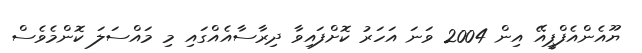
ޔޫއެންއެފްޕީއޭ އިން 2004 ވަނަ އަހަރު ކޮށްފައިވާ ދިރާސާއެއްގައި މި މައްސަލަ ކޮންމެވެސް